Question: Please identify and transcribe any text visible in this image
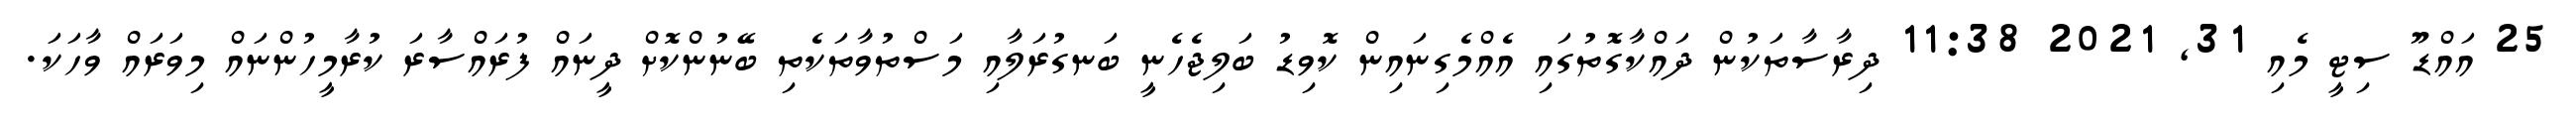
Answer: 25 އައްޑޫ ސިޓީ މެއި 31, 2021 11:38 ދިރާސާތަކުން ދައްކާގޮތުގައި އެއްމެގިނައިން ކޮވިޑު ބަލިޖެހެނީ ބަނގުރަލާއި މަސްތުވާތަކެތި ބޭނުންކޮށް ދީނައް ފުރައްސާރަ ކުރާމީހުންނައް މިވަރައް ވާހަކަ.